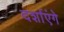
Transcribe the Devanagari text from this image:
दर्शाएंगे